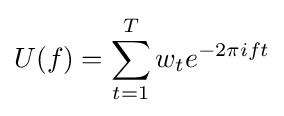
U(f)=\sum _{t=1}^{T}w_{t}e^{-2\pi ift}